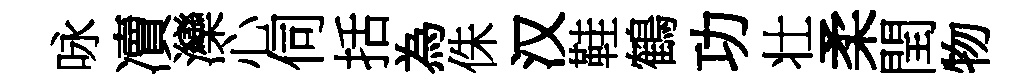
咏凟灤心伺括為侏汉鞋鶴功壮柔閏物